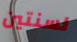
لسنتين